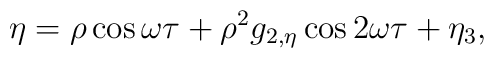
\eta =\rho\cos\omega\tau +\rho^{2}g_{2,\eta}\cos 2\omega\tau +\eta_{3},